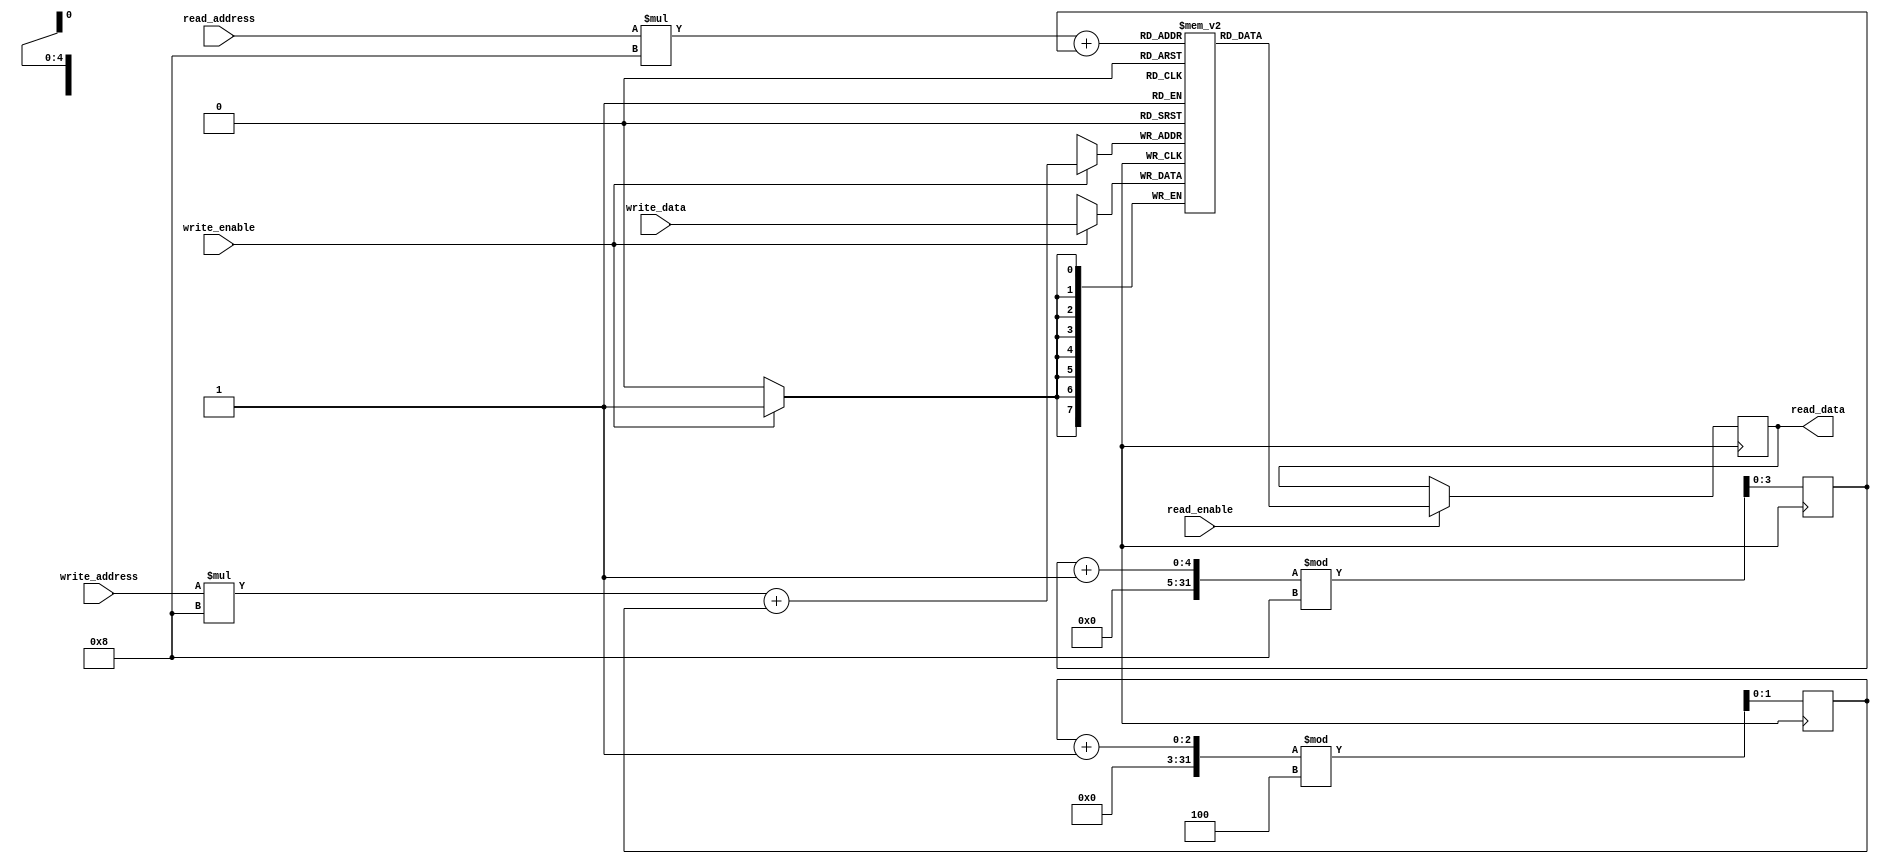
module CircularRegisterFile (
    input wire [7:0] write_data,
    input wire [3:0] read_address,
    input wire [1:0] write_address,
    input wire write_enable,
    input wire read_enable,
    output reg [7:0] read_data
);

parameter NUM_BLOCKS = 4;
parameter BLOCK_SIZE = 8;

reg [7:0] memory [NUM_BLOCKS-1:0][BLOCK_SIZE-1:0];
reg [1:0] current_block = 0;
reg [3:0] read_block = 0;

always @ (posedge clk) begin
    if (write_enable) begin
        memory[write_address][current_block] <= write_data;
    end
    
    if (read_enable) begin
        read_data <= memory[read_address][read_block];
    end
    
    current_block <= (current_block + 1) % NUM_BLOCKS;
    read_block <= (read_block + 1) % BLOCK_SIZE;
end

endmodule